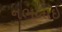
નભલાઇ